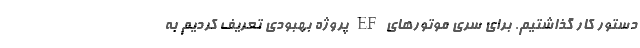
دستور کار گذاشتیم. برای سری موتورهای EF پروژه بهبودی تعریف کردیم به